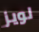
لويز